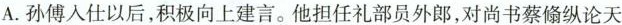
A. 孙傅入仕以后，积极向上建言 他担任礼部员外郎，对尚书蔡偷纵论天